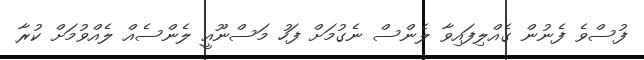
ފުސްވެ ފެނުން ގެއްލިފައިވާ ލެންސް ނެގުމަށް ފަހު މަސްނޫއީ ލެންސެއް ލެއްވުމަށް ކުރާ